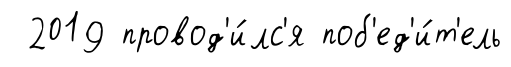
2019 провод'и́лс'я поб'ед'и́т'ель